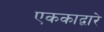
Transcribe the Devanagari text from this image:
एककाद्वारे